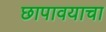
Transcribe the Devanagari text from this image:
छापावयाचा